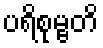
ပရိစုမ္ဗတိ